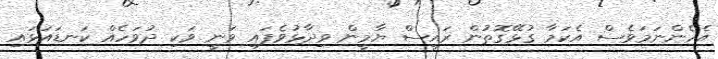
އެހެންނަމަވެސް އެކަމާ ގުޅޭގޮތުން ރައީސް ޔާމީން ވިދާޅުވެފައި ވަނީ ވަކި ދުވަހެއް ކަނޑައަޅައި